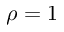
\rho = 1